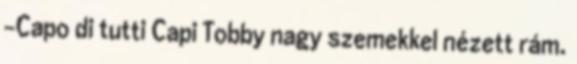
-Capo di tutti Capi Tobby nagy szemekkel nézett rám.